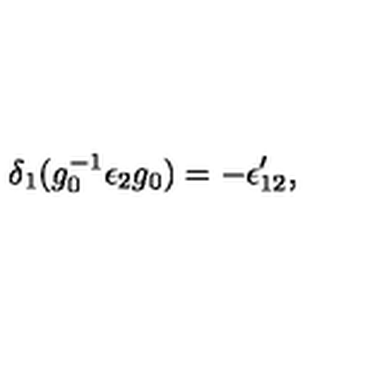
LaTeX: \delta _ { 1 } ( g _ { 0 } ^ { - 1 } \epsilon _ { 2 } g _ { 0 } ) = - \epsilon _ { 1 2 } ^ { \prime } ,